Papers set at the Examination for Leaving Certificates, 1891
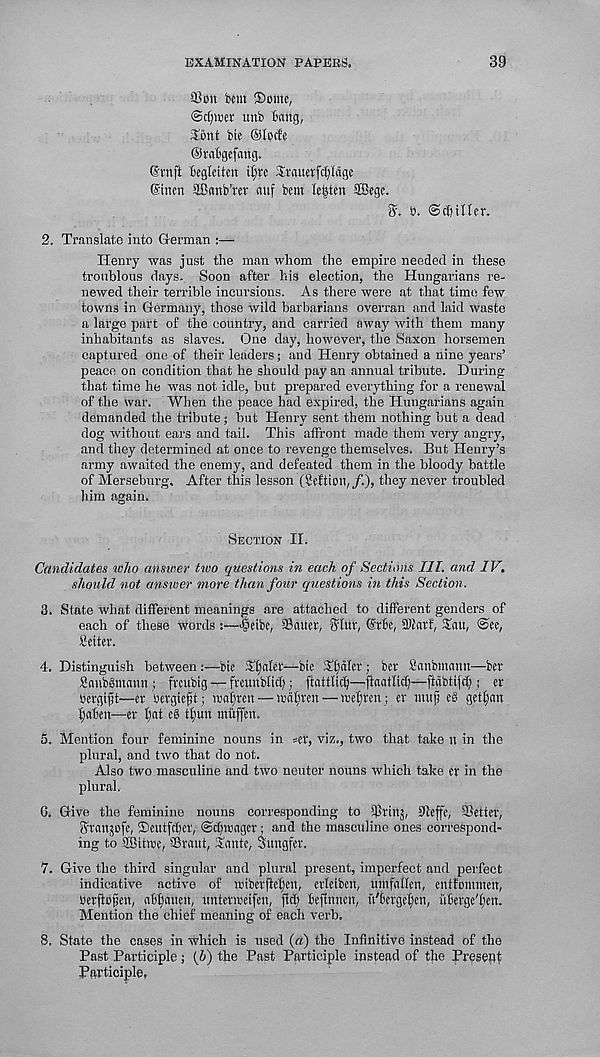
EXAMINATION PAPERS.
39
93on bent ®ome,
«nb Bang,
Sent bie ®Iocfe
©raBgefang.
©rnft Beglcitcn ifyre Srauerfc^Iage
®tncn ffianb'rer auf bent Ie|ten SBege.
B. ©filter.
2. Translate into German :—
Henry was just the man whom the empire needed in these
troublous days. Soon after his election, the Hungarians re-
newed their terrible incursions. As there were at that time few
towns in Germany, those wild barbarians overran and laid waste
a large part of the country, and carried away with them many
inhabitants as slaves. One day, however, the Saxon horsemen
captured one of their leaders; and Henry obtained a nine years’
peace on condition that he should pay an annual tribute. During
that time he was not idle, but prepared everything for a renewal
of the war. When the peace had expired, the Hungarians again
demanded the tribute; but Henry sent them nothing but a dead
dog without ears and tail. This affront made them very angry,
and they determined at once to revenge themselves. But Henry’s
army awaited the enemy, and defeated them in the bloody battle
of Merseburg. After this lesson (Seftion,/.), they never troubled
him again.
Section II.
Candidates who answer two questions in each of Sections III. and IV.
should not answer more than four questions in this Section.
3. State what different meanings are attached to different genders of
each of these words :—■Beibe, Sauer, Slur, (SrBe, SKarf, Tau, @ee,
Better.
4. Distinguish between:—bie Sfjatet—bie Xfjciler; ber Banbmann—ber
Sanbgmann ; freubig — freunblid); ftattlicfy—fiaatM)—ftdbtifct;; er
Bergijjt—er bergiejjt; roaljren — wafyreu — mejjten ; er uutfj e§ gettyan
fjaBen—er l;at c§ tfjun ntuffen.
5. Mention four feminine nouns in ^er, viz., two that take n in the
plural, and two that do not.
Also two masculine and two neuter nouns which take er in the
plural.
G. Give the feminine nouns corresponding to tPrinj, Sleffe, Setter,
ffranjofe, Teutfdjer, ©ctprager; and the masculine ones correspond-
ing to SBttwe, ©rant, Xante, Sungfer.
7. Give the third singular and plural present, imperfect and perfect
indicative active of »iberflef)cn, erlcibcn, untfallen, entfommen,
Berftogen, aB^auen, tmterweifen, ftd) Bejtnnen, ii'Ccrge^en, itBerge'^en.
Mention the chief meaning of each verb.
8, State the cases in which is used (a) the Infinitive instead of the
Past Participle: (S) the Past Participle instead of the Present
Participle,